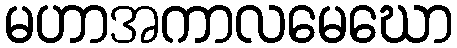
မဟာအကာလမေဃော